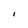
Character: I